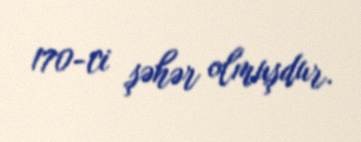
170-ci şəhər olmuşdur.